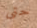
حتى